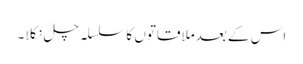
اس کے بعدملاقاتوں کا سلسلہ چل نکلا۔